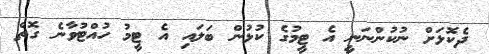
ދެކޮޅަށް ނުކުންނަނީ އެ ޓީމުގެ ކުޅުން ބަލައި އެ ޓީމު ހުއްޓުވާނެ ގޮތް